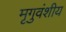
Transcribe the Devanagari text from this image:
मृगुवंशीय